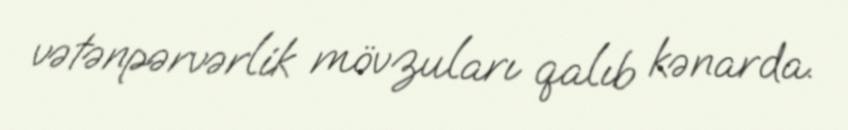
vətənpərvərlik mövzuları qalıb kənarda.